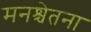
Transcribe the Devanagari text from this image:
मनश्चेतना